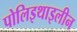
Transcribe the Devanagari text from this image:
पोलिइथाइलीन